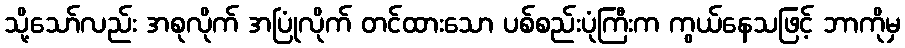
သို့သော်လည်း အစုလိုက် အပြုံလိုက် တင်ထားသော ပစ်စည်းပုံကြီးက ကွယ်နေသဖြင့် ဘာကိုမှ